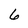
Character: 6